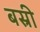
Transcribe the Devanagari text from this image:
बस्री